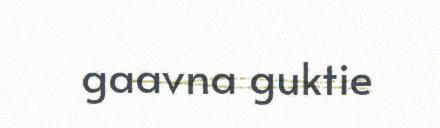
gaavna guktie